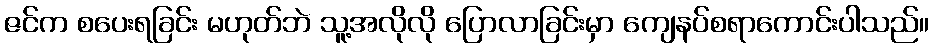
ဇင်က စပေးရခြင်း မဟုတ်ဘဲ သူ့အလိုလို ပြောလာခြင်းမှာ ကျေနပ်စရာကောင်းပါသည်။